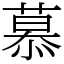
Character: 慕